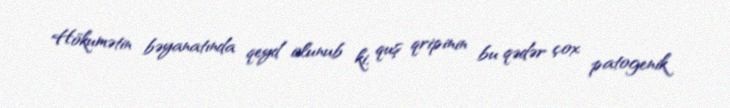
Hökumətin bəyanatında qeyd olunub ki, quş qripinin bu qədər çox patogenik